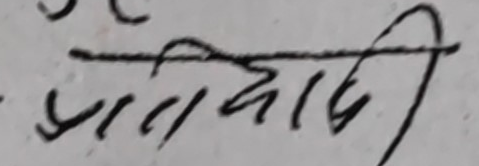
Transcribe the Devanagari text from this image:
प्रतिवादी